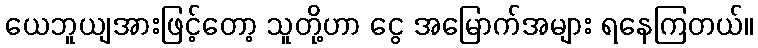
ယေဘူယျအားဖြင့်တော့ သူတို့ဟာ ငွေ အမြောက်အများ ရနေကြတယ်။